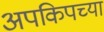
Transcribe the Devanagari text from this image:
अपकिपच्या